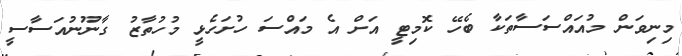
މިނިވަން މުއައްސަސާތަކާ ބެހޭ ކޮމިޓީ އަށް އެ މައްސަަ ހުށަހެޅީ މުހުތާޒު ގާނޫނުއަސާސީ